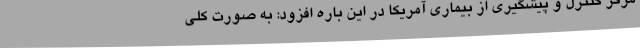
مرکز کنترل و پیشگیری از بیماری آمریکا در این باره افزود: به صورت کلی